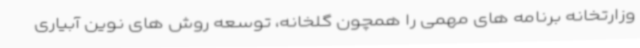
وزارتخانه برنامه های مهمی را همچون گلخانه، توسعه روش های نوین آبیاری